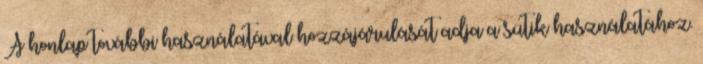
A honlap további használatával hozzájárulását adja a sütik használatához.